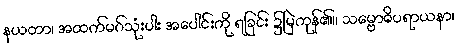
နယတာ၊ အထက်မဂ်သုံးပါး အပေါင်းကို ရခြင်း ၌မြဲကုန်၏။ သမ္ဗောဓိပရာယနာ၊